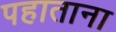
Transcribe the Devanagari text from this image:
पहाताना